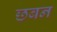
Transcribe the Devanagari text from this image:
छबन